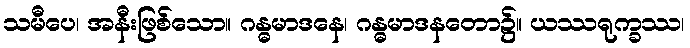
သမီပေ၊ အနီးဖြစ်သော။ ဂန္ဓမာဒနေ၊ ဂန္ဓမာဒနတော၌။ ယဿရုက္ခဿ၊